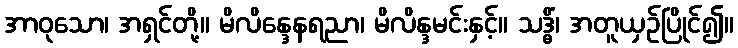
အာဝုသော၊ အရှင်တို့။ မိလိန္ဒေနရညာ၊ မိလိန္ဒမင်းနှင့်။ သဒ္ဓိံ၊ အတူယှဉ်ပြိုင်၍။